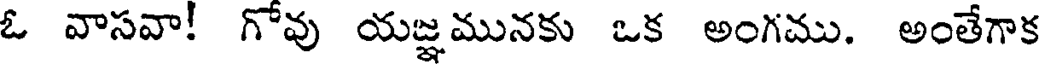
ఓ వాసవా! గోవు యజ్ఞమునకు ఒక అంగము. అంతేగాక